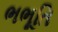
ભભૂતિ